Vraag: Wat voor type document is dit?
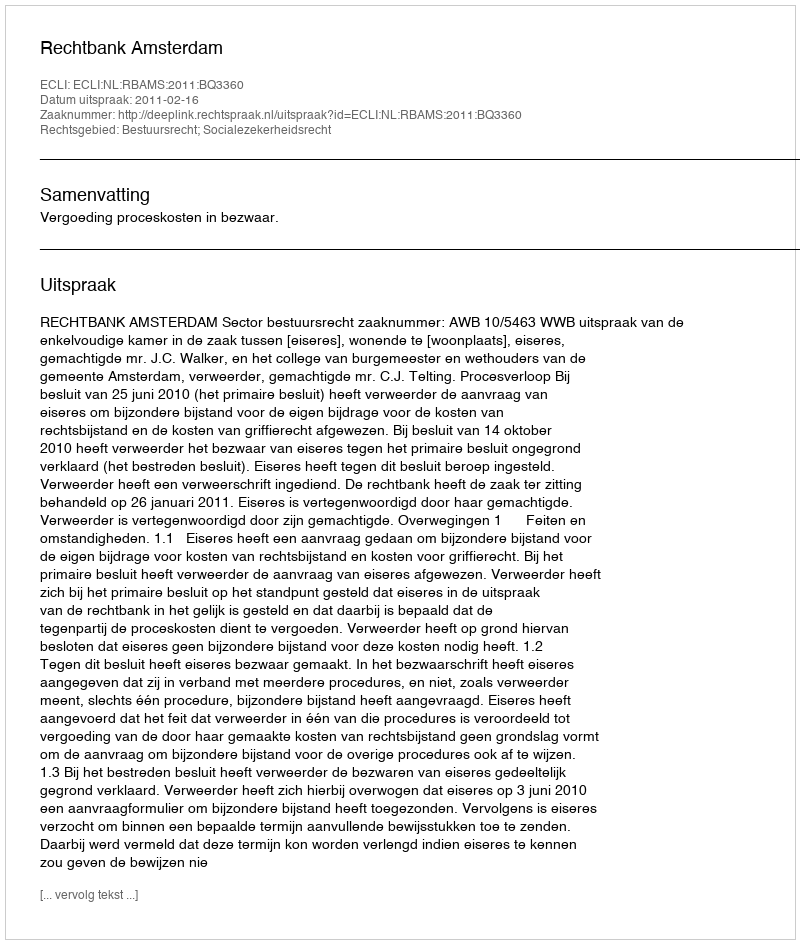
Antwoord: Uitspraak